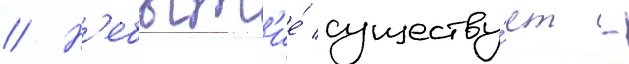
// Н'ебыт'ие́ существу́ет -